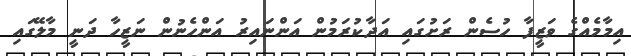
އިމާމެއްގެ ވަޒީފާ ހުސެން ރަށުގައި އަދާކުރަމުން އަންނައިރު އަންހެނުން ނަޒީހާ ދަނީ މާލޭގައި